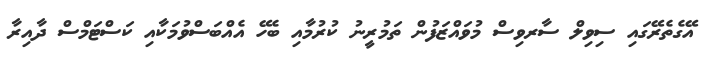
އޭގެތެރޭގައި ސިވިލް ސާރވިސް މުވައްޒަފުން ތަމުރީނު ކުރުމާއި ބެހޭ އެއްބަސްވުމަކާއި ކަސްޓަމްސް ދާއިރާ